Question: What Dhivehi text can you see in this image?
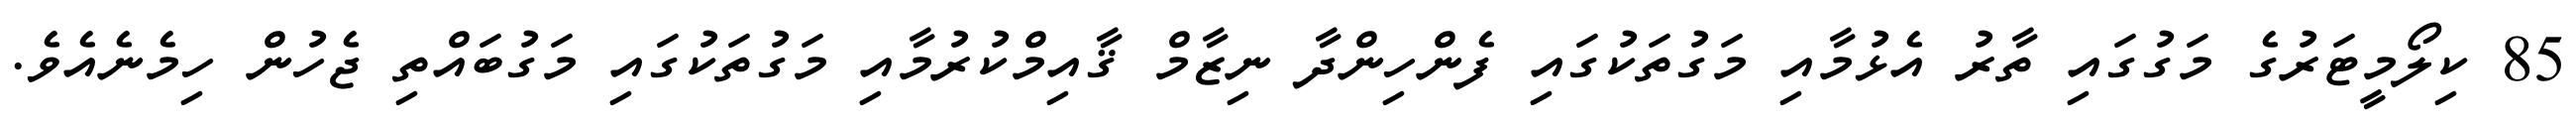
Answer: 85 ކިލޯމީޓަރުގެ މަގުގައި ތާރު އެޅުމާއި މަގުތަކުގައި ފެންހިންދާ ނިޒާމް ޤާއިމްކުރުމާއި މަގުތަކުގައި މަގުބައްތި ޖެހުން ހިމެނެއެވެ.